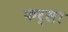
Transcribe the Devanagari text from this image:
फर्सा